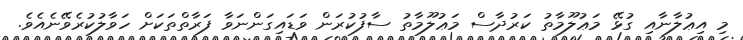
މި އިޢުލާނާއި ގުޅޭ މަޢުލޫމާތު ކަރުދާސް މަޢުލޫމާތު ސާފުކުރަން ވަޑައިގަންނަވާ ފަރާތްތަކަށް ހަވާލުކުރެވޭނެއެވެ.